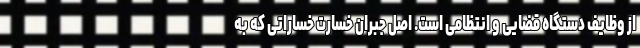
از وظایف دستگاه قضایی و انتظامی است. اصل جبران خسارت خساراتی که به